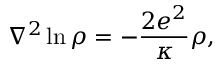
{ \nabla } ^ { 2 } \ln \rho = - \frac { 2 e ^ { 2 } } { \kappa } \rho ,